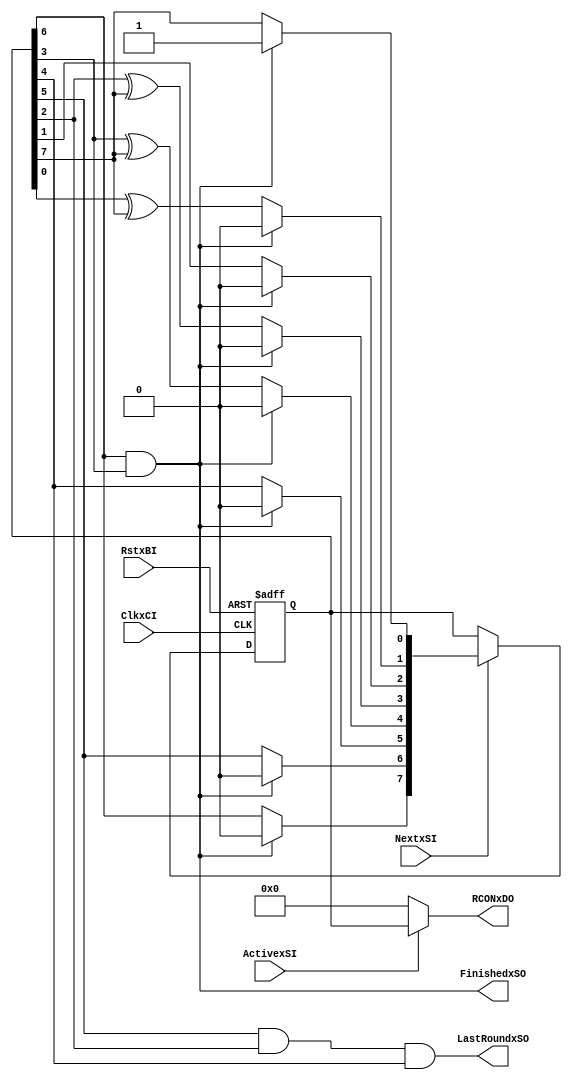
`timescale 1ns / 1ps
//////////////////////////////////////////////////////////////////////////////////
// Company: 
// Engineer: 
// 
// Design Name: 
// Module Name:    rcon 
// Project Name: 
// Target Devices: 
// Tool versions: 
// Description: 
//
// Dependencies: 
//
// Revision: 
// Revision 0.01 - File Created
// Additional Comments: 
//
//////////////////////////////////////////////////////////////////////////////////
//Round constant (RCON) calculation
module rcon(
   input        ClkxCI,
   input        RstxBI,
   input        NextxSI,   //calculate next RCON value
   input        ActivexSI,   //show RCON at output
   output reg   LastRoundxSO,   //round 10 started
   output reg   FinishedxSO,   //round 0 (done with round 10)
   output reg [7:0] RCONxDO
	);
   
	//RCON registers
   reg [7:0]    RCONxDN;
   reg [7:0]    RCONxDP;
	
   always @(ActivexSI or NextxSI or RCONxDP)
   begin
      RCONxDN = RCONxDP;
      
		//RCON calculation
      if (NextxSI == 1'b1)
      begin
         if ((RCONxDP[6] & RCONxDP[3]) == 1'b1)
            RCONxDN = 8'b00000001;
         else
         begin
            RCONxDN[0] = RCONxDP[7];
            RCONxDN[1] = RCONxDP[0] ^ RCONxDP[7];
            RCONxDN[2] = RCONxDP[1];
            RCONxDN[3] = RCONxDP[2] ^ RCONxDP[7];
            RCONxDN[4] = RCONxDP[3] ^ RCONxDP[7];
            RCONxDN[5] = RCONxDP[4];
            RCONxDN[6] = RCONxDP[5];
            RCONxDN[7] = RCONxDP[6];
         end
      end
      
		//output RCON
      if (ActivexSI == 1'b1)
         RCONxDO = RCONxDP;
      else 
         RCONxDO = 8'b00000000;
      
      LastRoundxSO = RCONxDP[5] & RCONxDP[2] & RCONxDP[4];
      FinishedxSO = RCONxDP[6] & RCONxDP[3];
   end
   
   
   always @(posedge ClkxCI or negedge RstxBI)
   begin
      if (RstxBI == 1'b0)
         RCONxDP <= 8'b01101100;
      else 
         RCONxDP <= RCONxDN;
   end
   
endmodule